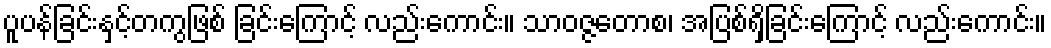
ပူပန်ခြင်းနှင့်တကွဖြစ် ခြင်းကြောင့် လည်းကောင်း။ သာဝဇ္ဇတောစ၊ အပြစ်ရှိခြင်းကြောင့် လည်းကောင်း။